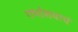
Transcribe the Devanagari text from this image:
गर्भाशयाचं